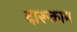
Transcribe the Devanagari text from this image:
दारूकाम